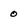
Character: 0